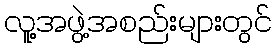
လူ့အဖွဲ့အစည်းများတွင်